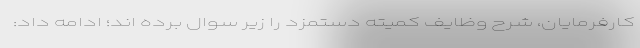
کارفرمایان، شرح وظایف کمیته دستمزد را زیر سوال برده اند؛ ادامه داد: